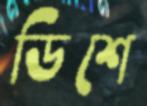
ডিশে